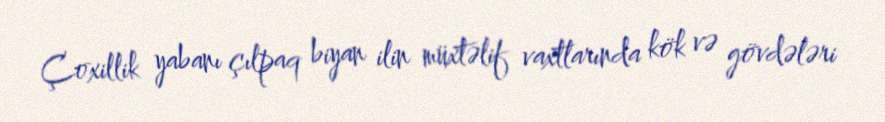
Çoxillik yabanı çılpaq biyan ilin müxtəlif vaxtlarında kök və gövdələri